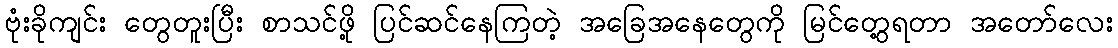
ဗုံးခိုကျင်း တွေတူးပြီး စာသင်ဖို့ ပြင်ဆင်နေကြတဲ့ အခြေအနေတွေကို မြင်တွေ့ရတာ အတော်လေး